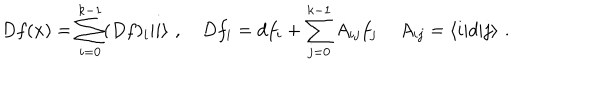
LaTeX: D f ( x ) = \sum _ { i = 0 } ^ { k - 1 } ( D f ) _ { i } | i \rangle \, \, , \quad D f _ { i } = d f _ { i } + \sum _ { j = 0 } ^ { k - 1 } A _ { i j } f _ { j } \, \quad A _ { i j } = \langle i | d | j \rangle \, \, .